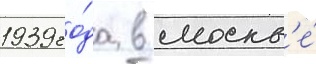
1939 го́да в москв'е́